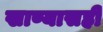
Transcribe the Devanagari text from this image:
खाण्यासही